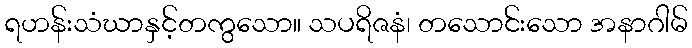
ရဟန်းသံဃာနှင့်တကွသော။ သပရိဇနံ၊ တသောင်းသော အနာဂါမ်